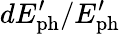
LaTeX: dE_{\mathrm{ph}}^{\prime}/E_{\mathrm{ph}}^{\prime}